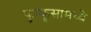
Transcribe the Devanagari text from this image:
फुप्फुसामध्ये